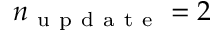
n _ { \mathrm { ~ u ~ p ~ d ~ a ~ t ~ e ~ } } = 2